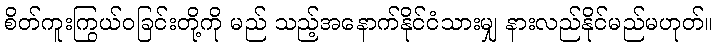
စိတ်ကူးကြွယ်ဝခြင်းတို့ကို မည် သည့်အနောက်နိုင်ငံသားမျှ နားလည်နိုင်မည်မဟုတ်။